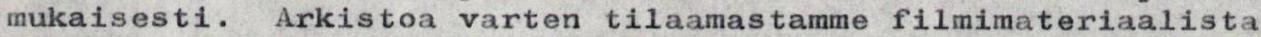
mukaisesti.  Arkistoa varten tilaamastamme filmimateriaalista